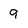
Character: 9